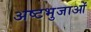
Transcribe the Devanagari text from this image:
अष्टभुजाओं